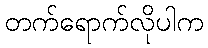
တက်ရောက်လိုပါက